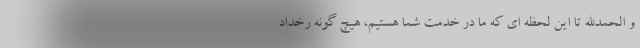
و الحمدالله تا این لحظه ای که ما در خدمت شما هستیم، هیچ گونه رخداد